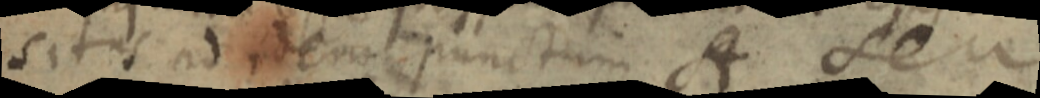
situs ad ideo punctum A sere